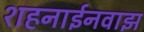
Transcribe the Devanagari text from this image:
शहनाईनवाझ